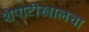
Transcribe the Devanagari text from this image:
शेपाटीखालचा